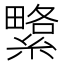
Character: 䌎